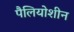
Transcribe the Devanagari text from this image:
पैलियोशीन